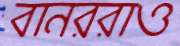
বানররাও